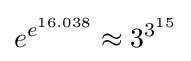
e^{e^{16.038}}\approx 3^{3^{15}}